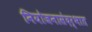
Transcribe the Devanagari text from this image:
नियोजनासंदर्भात